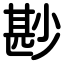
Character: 尠